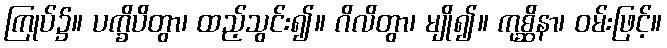
ကြုပ်၌။ ပက္ခိပိတွာ၊ ထည့်သွင်း၍။ ဂိလိတွာ၊ မျို၍။ ကုစ္ဆိနာ၊ ဝမ်းဖြင့်။